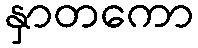
နှာတကော